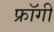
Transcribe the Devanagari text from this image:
फ्रॉगी